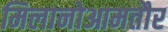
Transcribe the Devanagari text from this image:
मिलानोआमतौर